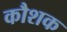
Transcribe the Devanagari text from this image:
कौशक